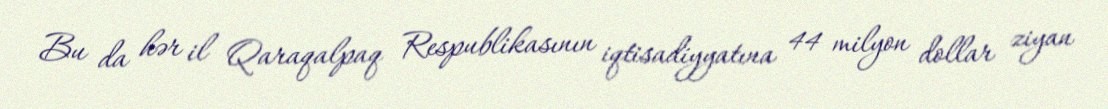
Bu da hər il Qaraqalpaq Respublikasının iqtisadiyyatına 44 milyon dollar ziyan